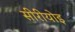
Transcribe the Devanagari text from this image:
सीरीयोइ